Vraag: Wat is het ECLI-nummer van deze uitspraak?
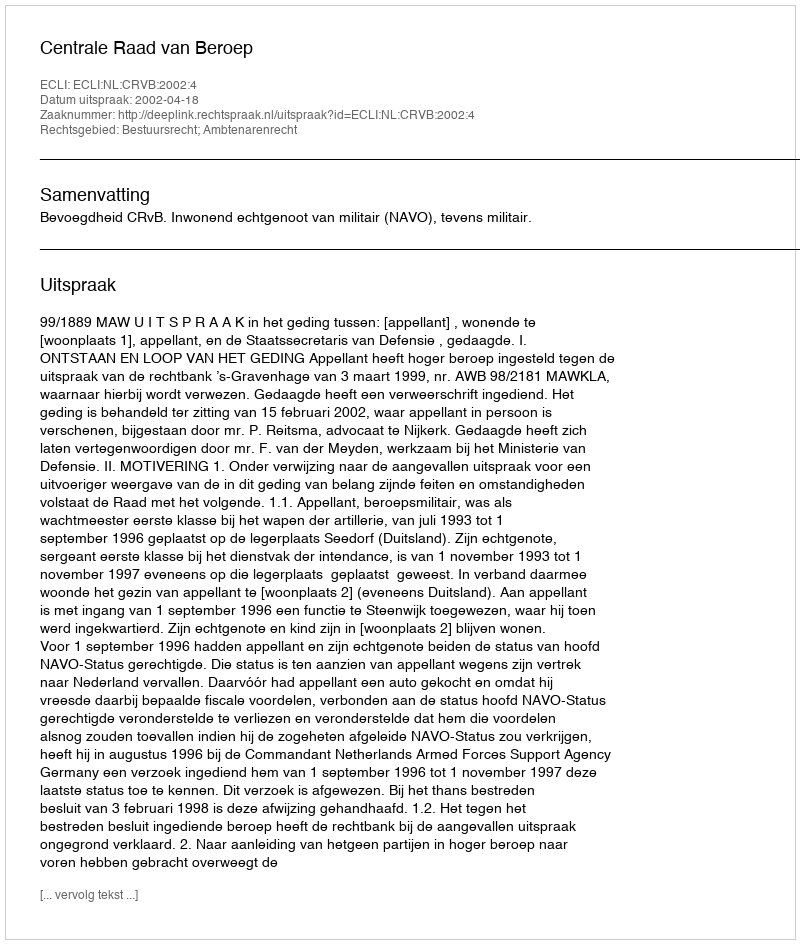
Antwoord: ECLI:NL:CRVB:2002:4